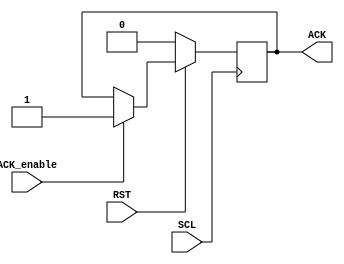
module ACKNOWLEDGE(SCL, RST, ACK_enable, ACK);
	input SCL, RST, ACK_enable;
	output reg ACK;
	
	
	//slave acknowledge 
	always @(posedge SCL) begin
		if(!RST)  
			ACK <= 0;
			else if (ACK_enable) 
			#2 
				ACK <= 1;
			
		end


endmodule